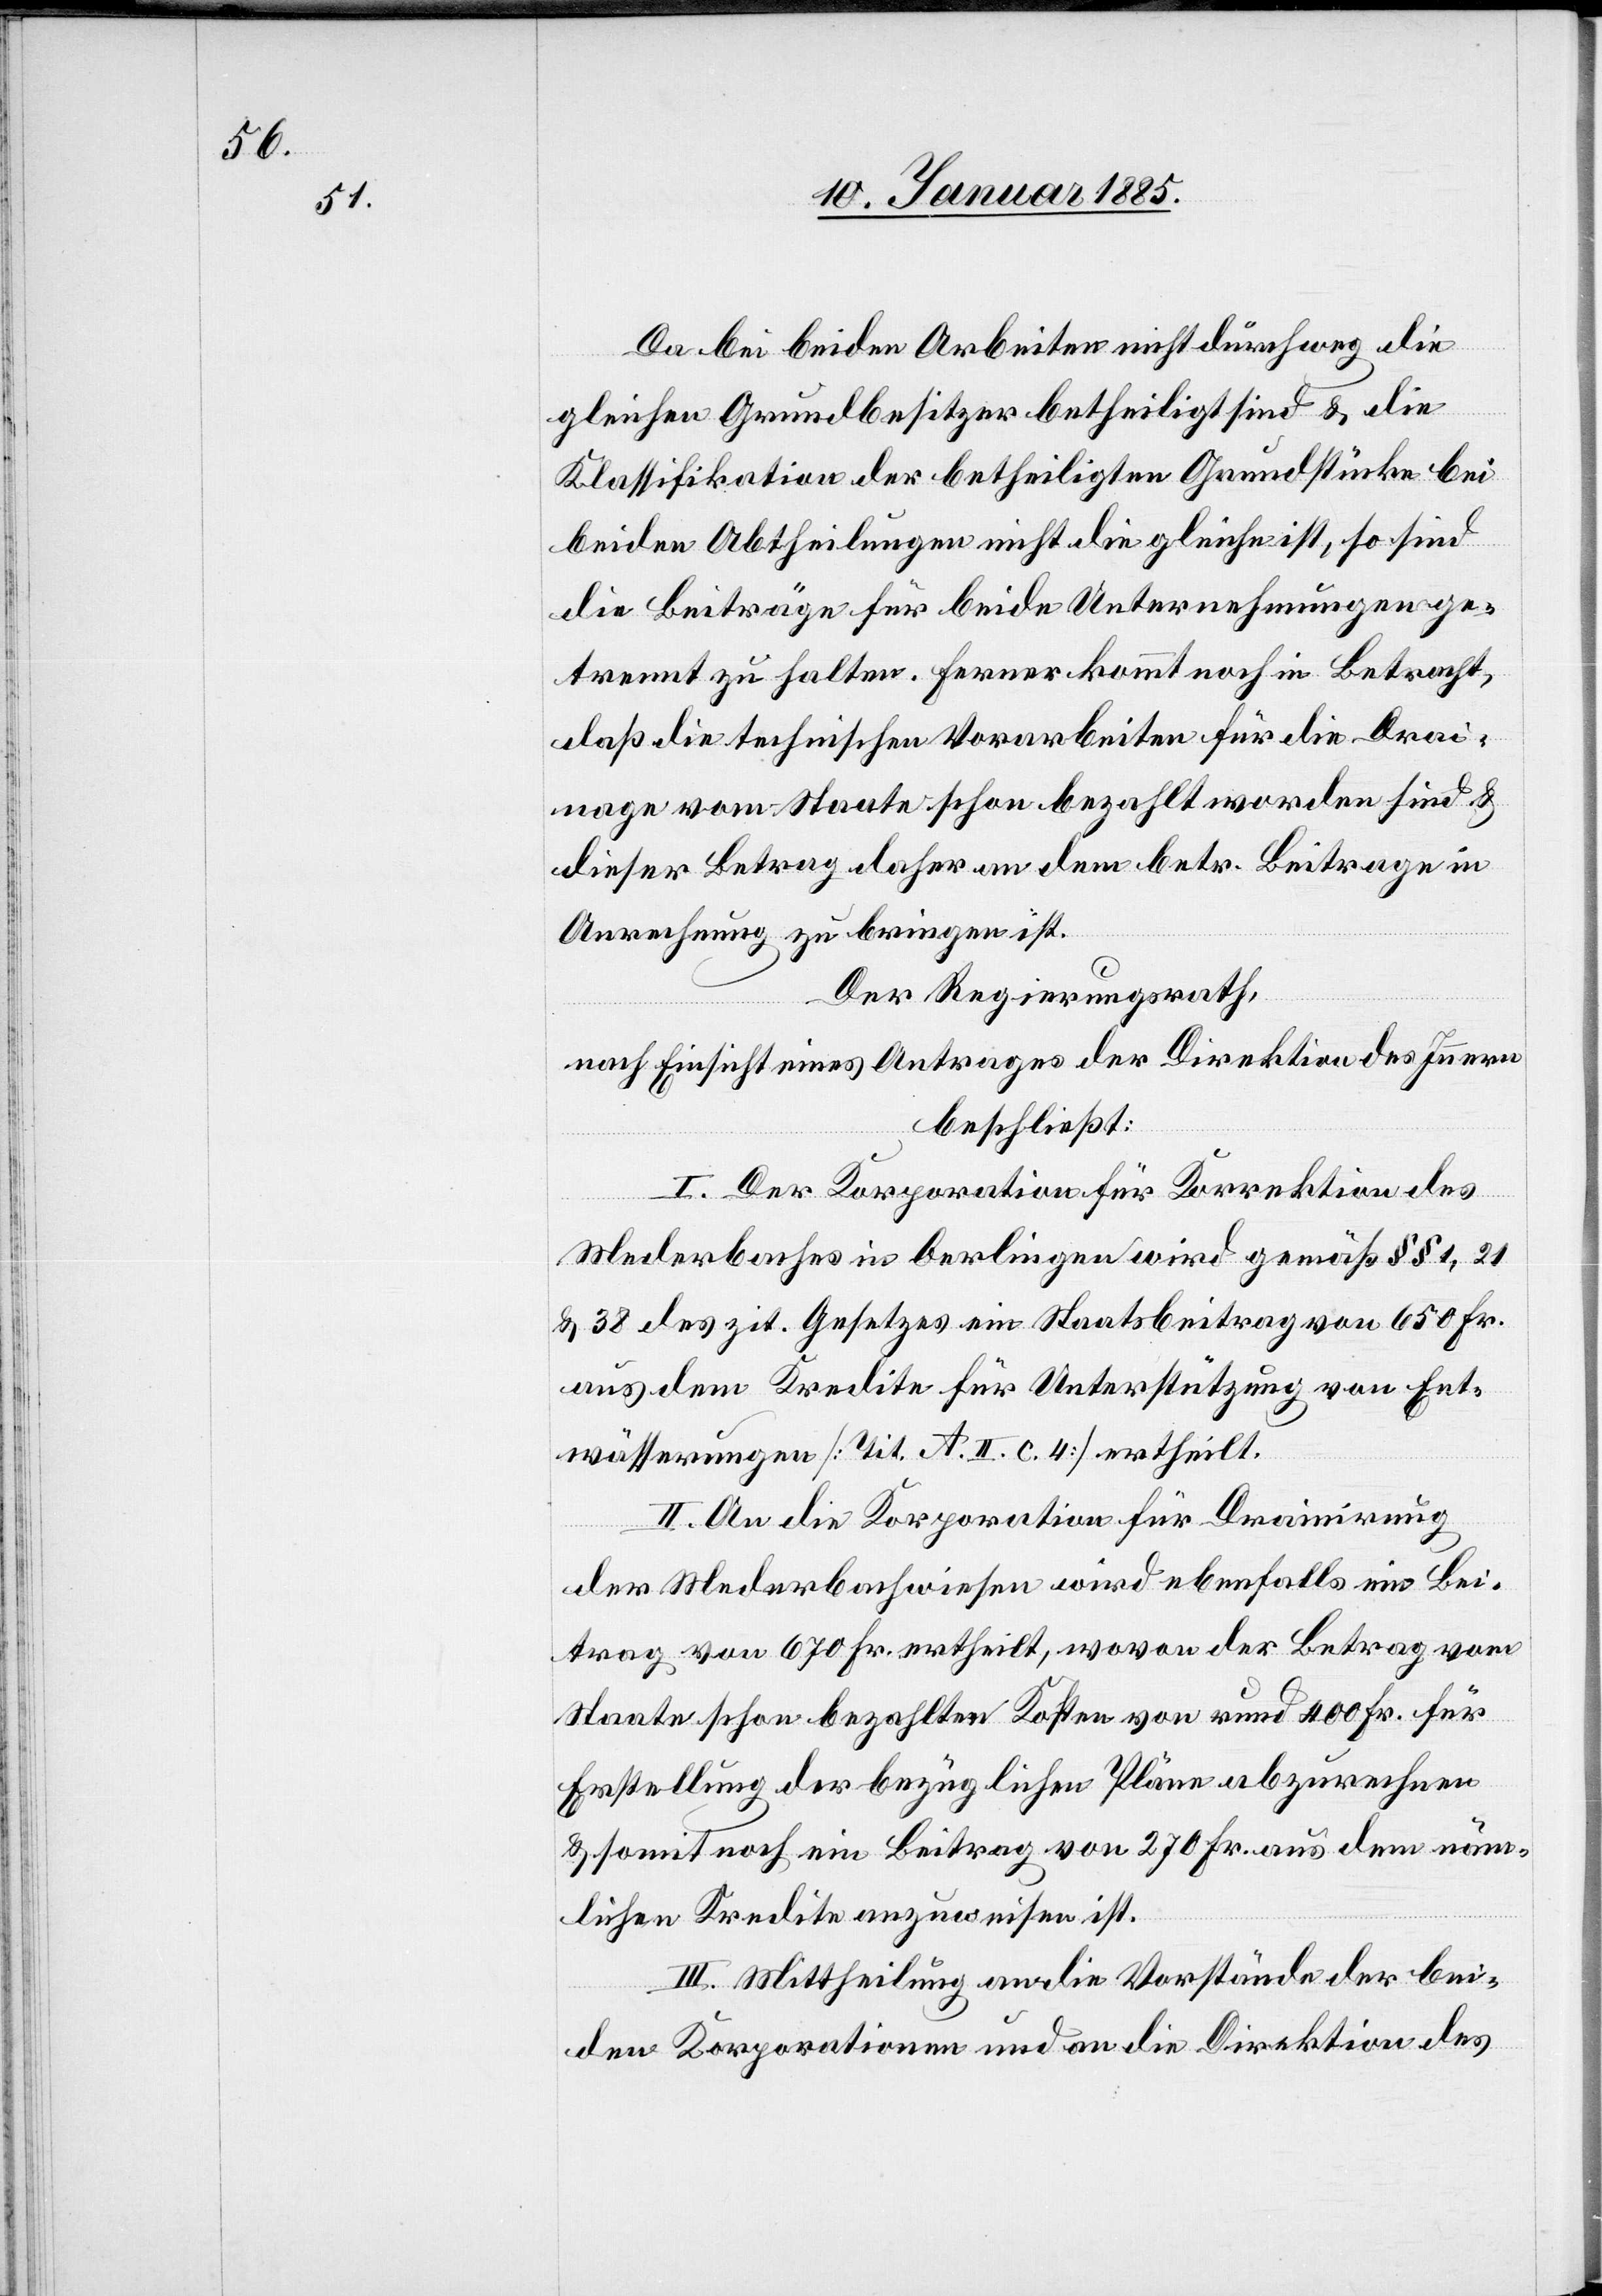
Da bei beiden Arbeiten nicht durchweg die
gleichen Grundbesitzer betheiligt sind & die
Klassifikation der betheiligten Grundstücke bei
beiden Abtheilungen nicht die gleiche ist, so sind
die Beiträge für beide Unternehmungen ge¬
trennt zu halten. Ferner kommt noch in Betracht,
daß die technischen Vorarbeiten für die Drai¬
nage vom Staate schon bezahlt worden sind &
dieser Betrag daher an den betr. Beitrag in
Anrechnung zu bringen ist.
Der Regierungsrath,
nach Einsicht eines Antrages der Direktion des Innern,
beschließt:
I. Der Korporation für Korrektion des
Mederbaches in Oerlingen wird gemäß §§ 1, 21
& 38 des zit. Gesetzes ein Staatsbeitrag von 650 Fr.
aus dem Kredite für Unterstützung von Ent¬
wässerungen [Tit. A. II. c. 4] ertheilt.
II. An die Korporation für Drainirung
der Mederbachwiesen wird ebenfalls ein Bei¬
trage von 670 Fr. ertheilt, wovon der Betrag vom
Staate schon bezahlten Kosten von rund 400 Fr. für
Erstellung der bezüglichen Pläne abzurechnen
& somit noch ein Beitrag von 270 Fr. aus dem näm¬
lichen Kredite anzuweisen ist.
III. Mittheilung an die Vorstände der bei¬
den Korporationen und an die Direktion des